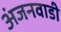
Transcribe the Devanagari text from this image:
अंजनवाडी